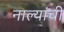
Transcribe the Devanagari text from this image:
नाल्यांची